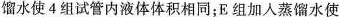
馏水使4组试管内液体体积相同；E组加入蒸馏水使